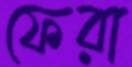
ফেরা